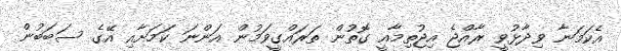
އެކަމަނާ ވިދާޅުވީ ރާއްޖެ އިޖުތިމާއީ ގޮތުން ތަރައްގީވަމުން އަންނަ ކަމަށާއި އޭގެ ސަބަބުން